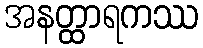
အနတ္ထာရကဿ